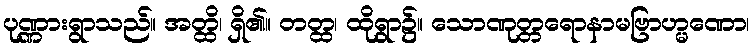
ပုဏ္ဏားရွာသည်။ အတ္ထိ၊ ရှိ၏။ တတ္ထ၊ ထိုရွာ၌။ သောဏုတ္တရောနာမဗြာဟ္မဏော၊